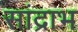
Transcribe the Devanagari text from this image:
सांद्राभ